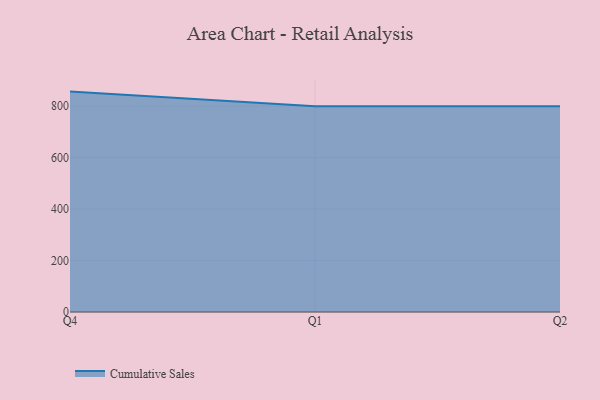
{"axis": {"x": "Quarter", "y": "LTV (USD)"}, "legend": ["Cumulative Sales"], "data": [{"x": "Q4", "y": 856.5, "type": "Cumulative Sales"}, {"x": "Q1", "y": 800, "type": "Cumulative Sales"}, {"x": "Q2", "y": 800, "type": "Cumulative Sales"}]}